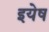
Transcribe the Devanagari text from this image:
इयेष